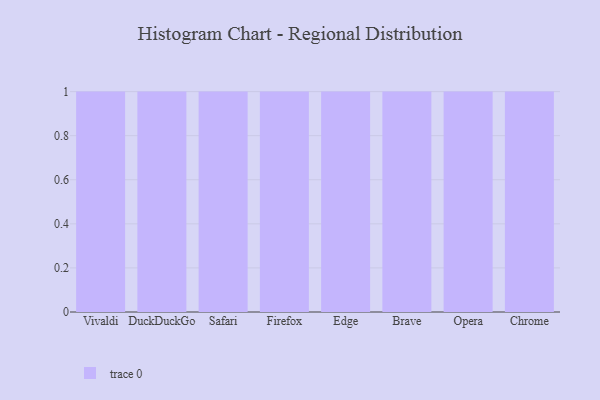
{"axis": {"x": "Browser", "y": "Gross Profit (USD K)"}, "legend": [""], "data": [{"x": "Vivaldi", "y": 2, "type": ""}, {"x": "DuckDuckGo", "y": 59, "type": ""}, {"x": "Safari", "y": 55, "type": ""}, {"x": "Firefox", "y": 66, "type": ""}, {"x": "Edge", "y": 58, "type": ""}, {"x": "Brave", "y": 89, "type": ""}, {"x": "Opera", "y": 44, "type": ""}, {"x": "Chrome", "y": 15, "type": ""}]}